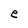
Character: e